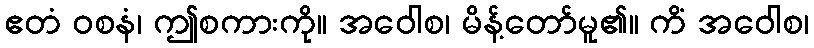
ဧတံ ဝစနံ၊ ဤစကားကို။ အဝေါစ၊ မိန့်တော်မူ၏။ ကိံ အဝေါစ၊